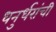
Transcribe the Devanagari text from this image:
धनुर्धरांची